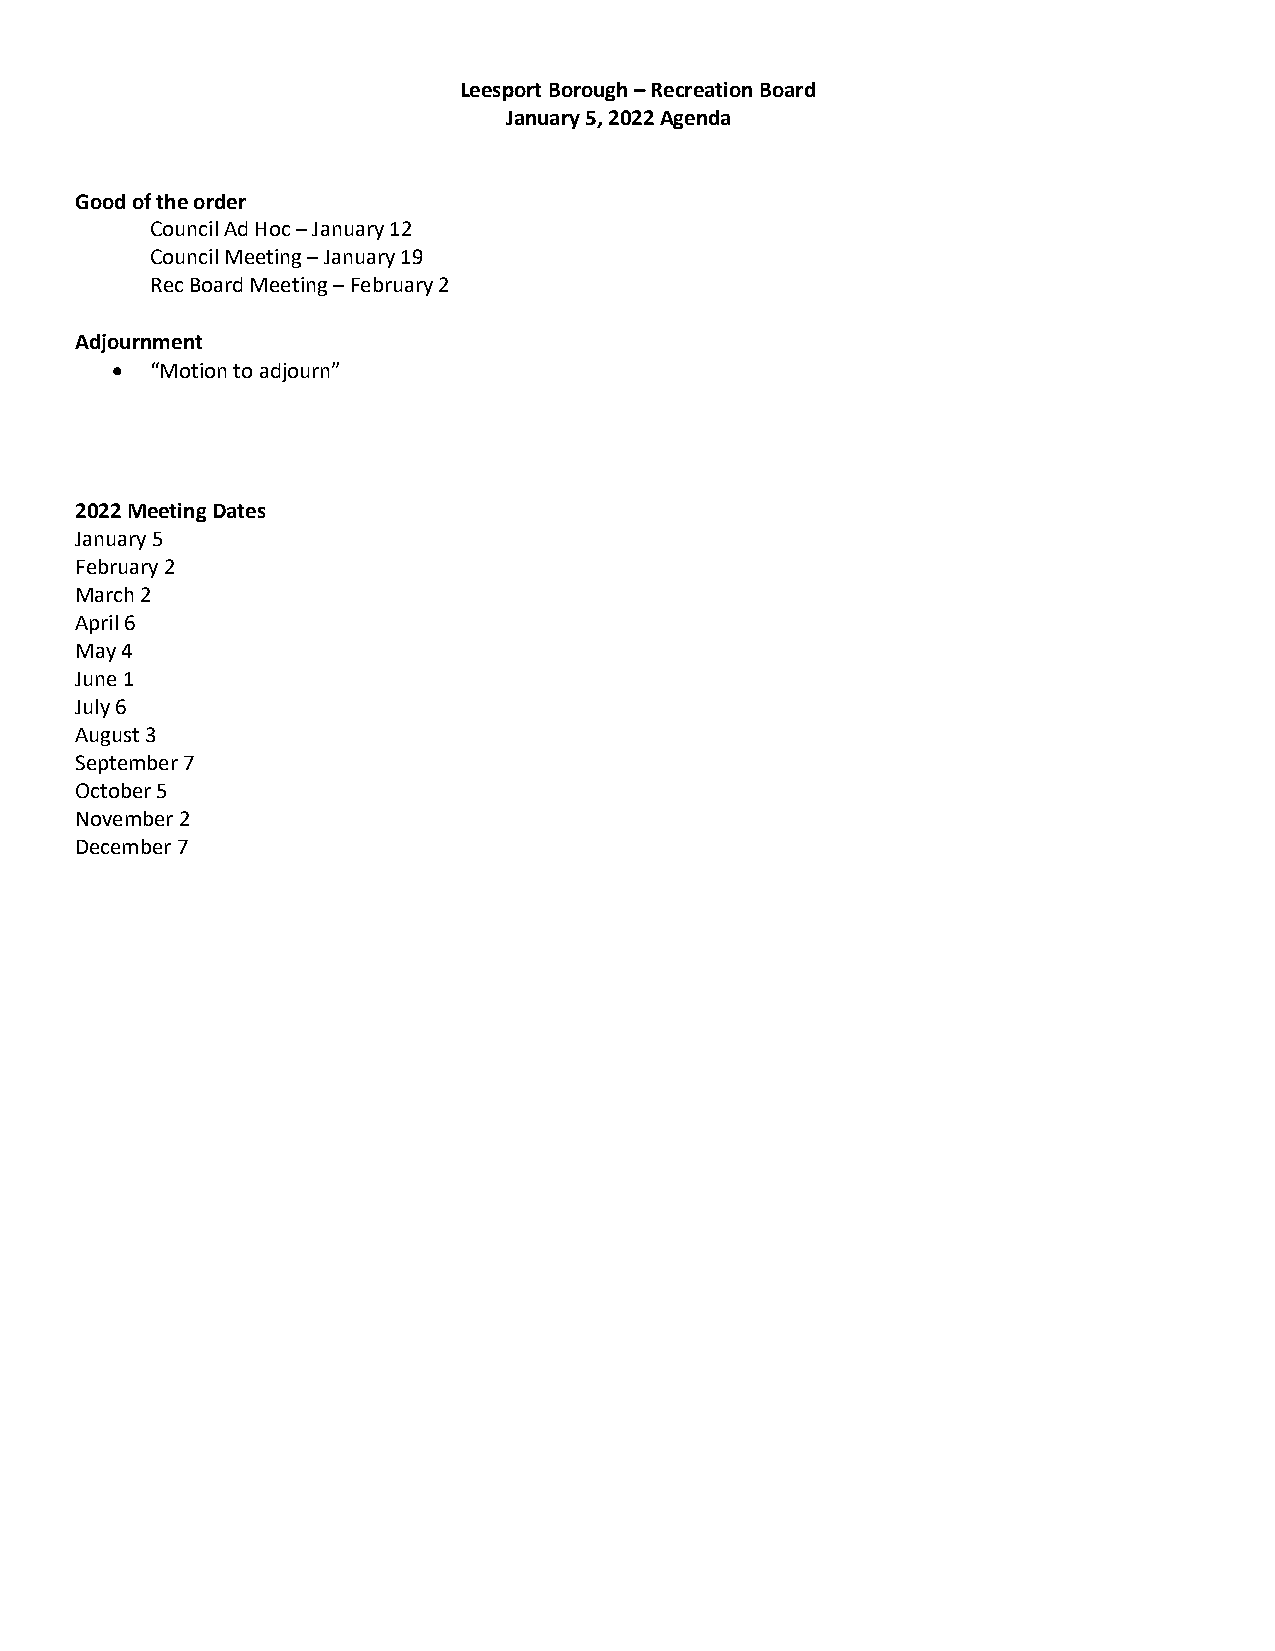
Leesport Borough – Recreation Board
 January 5, 2022 Agenda
 Good of the order
 Council Ad Hoc – January 12
 Council Meeting – January 19
 Rec Board Meeting – February 2
 Adjournment
   “Motion to adjourn”
 2022 Meeting Dates
 January 5
 February 2
 March 2
 April 6
 May 4
 June 1
 July 6
 August 3
 September 7
 October 5
 November 2
 December 7